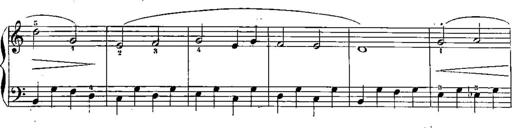
Title: Trois sonatines
Composer: Maurice Emmanuel